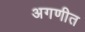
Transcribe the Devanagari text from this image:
अगणीत